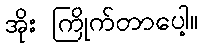
အိုး ကြိုက်တာပေါ့။